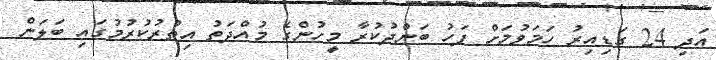
އަދި 24 ގަޑިއިރު ހަމަވުމަށް ފަހު ބަންދުކުރާ މީހުންގެ މުއްދަތު އިތުރުކުރުމުގައި ބަލަން